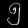
Digit: ၅